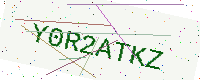
Text: Y0R2ATKZ